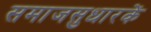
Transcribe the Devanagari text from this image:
समाजसुधारकें